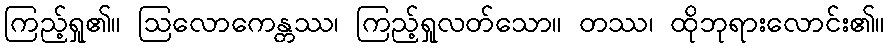
ကြည့်ရှု၏။ ဩလောကေန္တဿ၊ ကြည့်ရှုလတ်သော။ တဿ၊ ထိုဘုရားလောင်း၏။